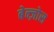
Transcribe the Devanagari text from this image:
बेन्ज़ोस